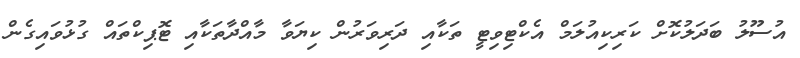
އުސޫލު ބަދަލުކޮށް ކަރިކިއުލަމް އެކްޓިވިޓީ ތަކާއި ދަރިވަރުން ކިޔަވާ މާއްދާތަކާއި ޓޮޕިކްތައް ގުޅުވައިގެން